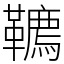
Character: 韀